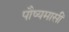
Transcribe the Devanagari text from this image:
पौष्यमासीं